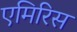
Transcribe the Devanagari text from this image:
एमिरिस